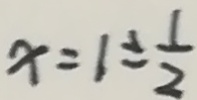
x = 1 \div \frac { 1 } { 2 }